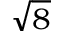
\sqrt { 8 }